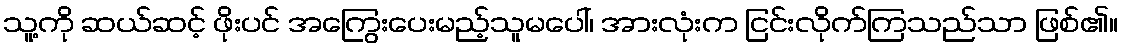
သူ့ကို ဆယ်ဆင့် ဖိုးပင် အကြွေးပေးမည့်သူမပေါ်၊ အားလုံးက ငြင်းလိုက်ကြသည်သာ ဖြစ်၏။